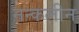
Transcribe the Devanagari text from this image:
नन्कलीन